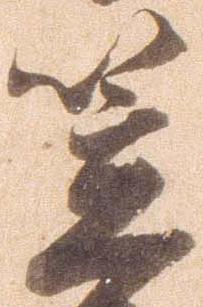
笠